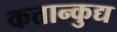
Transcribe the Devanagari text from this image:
कत्तान्कुद्य